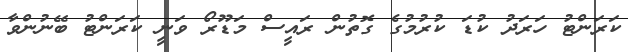
ކަރަންޓު ހަރަދު ކުޑަ ކުރުމުގެ ގޮތުން ރައީސް މަޑޫރޯ ވަނީ ކަރަންޓު ބޭނުންވާ